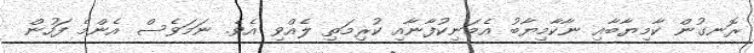
ރޮނގުން ކާމިޔާބާއި ނާކާމިޔާބު އެމަނިކުފާނާއި ކުރިމަތި ލެއްވި އެވެ. ނަމަވެސް އެންމެ ފަހުން